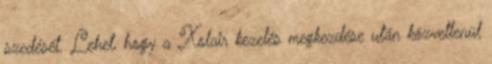
szedését. Lehet, hogy a Xolair kezelés megkezdése után közvetlenül